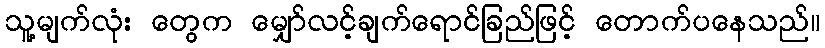
သူ့မျက်လုံး တွေက မျှော်လင့်ချက်ရောင်ခြည်ဖြင့် တောက်ပနေသည်။